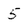
Character: 5